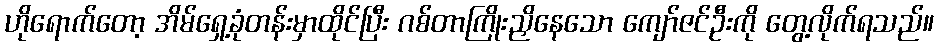
ဟိုရောက်တော့ အိမ်ရှေ့ခုံတန်းမှာထိုင်ပြီး ဂစ်တာကြိုးညှိနေသော ကျော်ဇင်ဦးကို တွေ့လိုက်ရသည်။